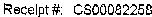
RECEIPT#: CS00082258